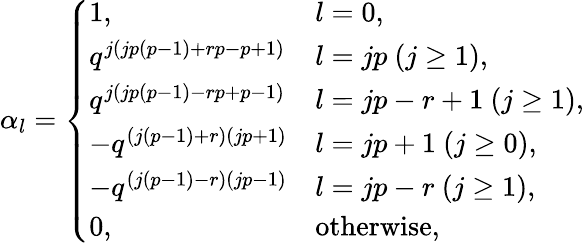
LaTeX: \alpha_{l}=\left\{ \begin{array}{ll}{{1,}}&{{l=0,}}\\ {{q^{j(jp(p-1)+rp-p+1)}}}&{{l=jp~(j\geq 1),}}\\ {{q^{j(jp(p-1)-rp+p-1)}}}&{{l=jp-r+1~(j\geq 1),}}\\ {{-q^{(j(p-1)+r)(jp+1)}}}&{{l=jp+1~(j\geq 0),}}\\ {{-q^{(j(p-1)-r)(jp-1)}}}&{{l=jp-r~(j\geq 1),}}\\ {{0,}}&{{\mathrm{otherwise},}}\end{array}\right.